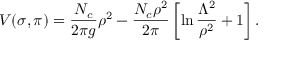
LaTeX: V ( \sigma , \pi ) = \frac { N _ { c } } { 2 \pi g } \rho ^ { 2 } - \frac { N _ { c } \rho ^ { 2 } } { 2 \pi } \left[ \ln \frac { \Lambda ^ { 2 } } { \rho ^ { 2 } } + 1 \right] .